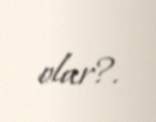
olar?.